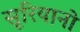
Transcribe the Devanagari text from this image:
सूरियानो